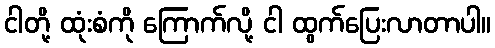
ငါတို့ ထုံးစံကို ကြောက်လို့ ငါ ထွက်ပြေးလာတာပါ။